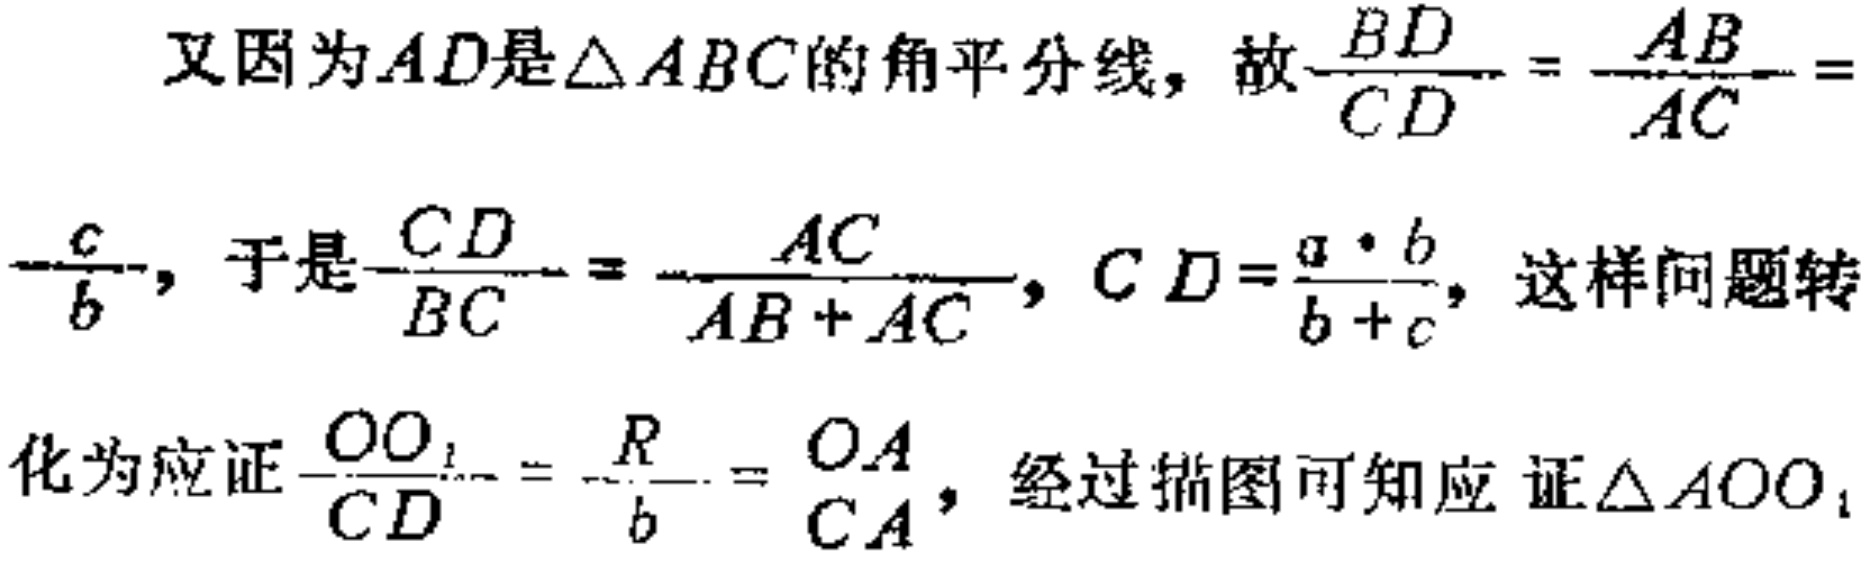
又因为\(AD\)是\(\triangle ABC\)的角平分线，故\(\frac{BD}{CD}=\frac{AB}{AC} =\)
\(\frac{c}{b}\)，于是\(\frac{CD}{BC}=\frac{AC}{AB + AC}\)，\(CD=\frac{a\cdot b}{b + c}\)，这样问题转
化为应证\(\frac{OO_{1}}{CD}=\frac{R}{b}=\frac{OA}{CA}\)，经过描图可知应证\(\triangle AOO_{1}\)